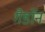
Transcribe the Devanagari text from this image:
गैडाॅन